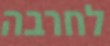
לחרבה